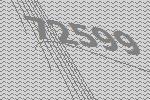
72599